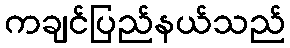
ကချင်ပြည်နယ်သည်